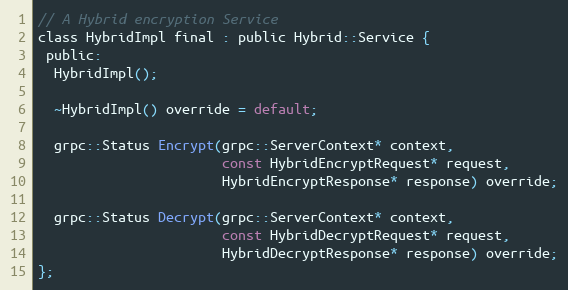
Language: C
// A Hybrid encryption Service
class HybridImpl final : public Hybrid::Service {
 public:
  HybridImpl();

  ~HybridImpl() override = default;

  grpc::Status Encrypt(grpc::ServerContext* context,
                       const HybridEncryptRequest* request,
                       HybridEncryptResponse* response) override;

  grpc::Status Decrypt(grpc::ServerContext* context,
                       const HybridDecryptRequest* request,
                       HybridDecryptResponse* response) override;
};